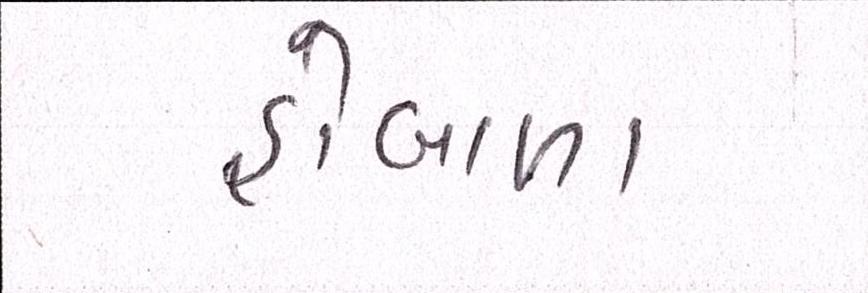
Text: હોબાળા